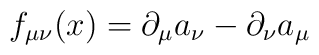
f_{\mu \nu}(x) = \partial_\mu a_\nu - \partial_\nu a_\mu